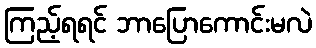
ကြည့်ရရင် ဘာပြောကောင်းမလဲ